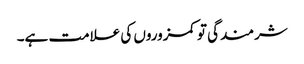
شرمندگی تو کمزوروں کی علامت ہے۔